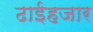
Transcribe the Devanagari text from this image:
ढाईहजार